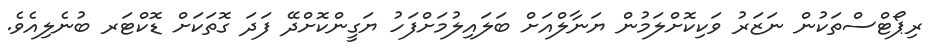
ރިޕޯޓްސްތަކުން ނަޒަރު ވަކިކޮށްލަމުން ޔަނާލްއަށް ބަލައިލުމަށްފަހު ޔަގީންކޮށްދޭ ފަދަ ގޮތަކަަށް ޑޮކްޓަރ ބުނެލިއެވެ.